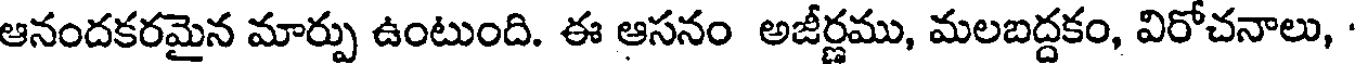
ఆనందకరమైన మార్పు ఉంటుంది. ఈ ఆసనం అజీర్ణము, మలబద్దకం, విరోచనాలు,